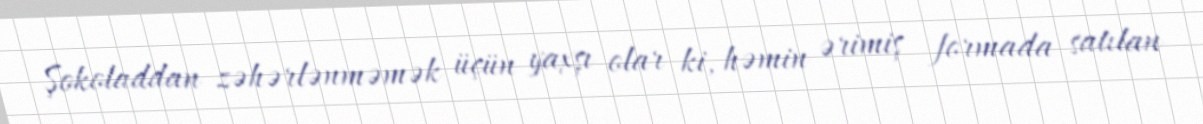
Şokoladdan zəhərlənməmək üçün yaxşı olar ki, həmin ərimiş formada satılan